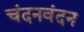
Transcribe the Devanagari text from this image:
चंदनवंदन